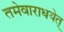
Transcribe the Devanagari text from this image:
तमेवाराधयेत्